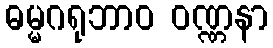
ဓမ္မဂရုဘာဝ ဝဏ္ဏနာ